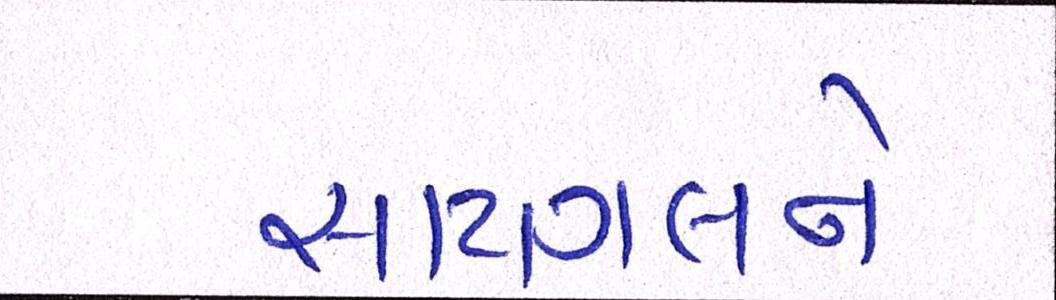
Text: સાયગલને